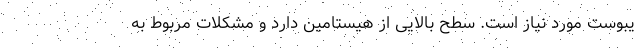
یبوست مورد نیاز است. سطح بالایی از هیستامین دارد و مشکلات مربوط به